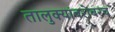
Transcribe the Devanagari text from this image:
तालुक्यांबरोबरच